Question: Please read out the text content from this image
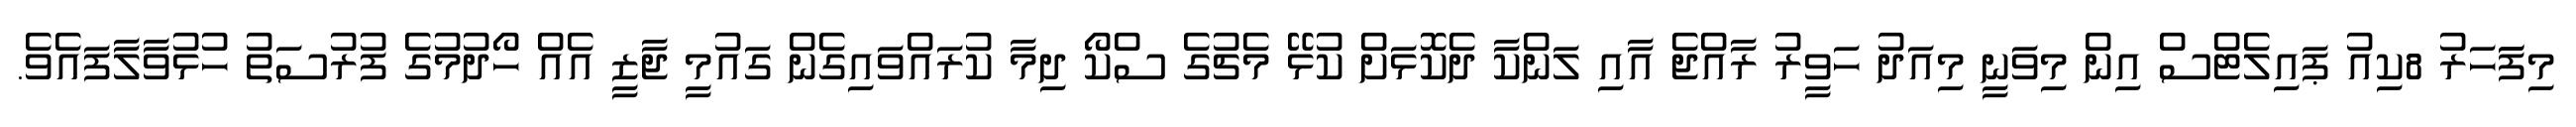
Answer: މިފަަހަރު 8ކިއު ޕައިލެޓްސް އިން މިވަނީ މިއަދު ހަވީރު ރާއްޖެ އާއި ލަންކާ ދެކޮޅަށް ކުޅޭ މެޗުގެ ސްކޯ ދިމާ ކުރައްވައިގެން ގައުމީ ޖާޒީ އެއް ހޯދުމުގެ ފުރުސަތު ހުޅުވާލާފައެވެ.